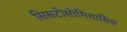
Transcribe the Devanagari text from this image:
सिसटोसोमियासिस